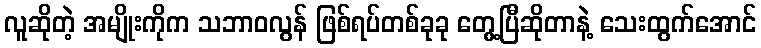
လူဆိုတဲ့ အမျိုးကိုက သဘာဝလွန် ဖြစ်ရပ်တစ်ခုခု တွေ့ပြီဆိုတာနဲ့ သေးထွက်အောင်